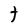
Character: t